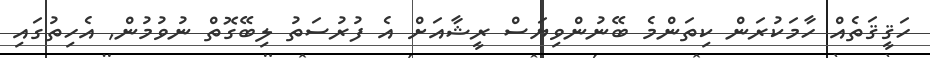
ހަޤީޤަތެެއް ހާމަކުރަން ކިތަންމެ ބޭނުންވިޔަސް ރީޝާއަށް އެ ފުރުސަތު ލިބޭގޮތް ނުވުމުން